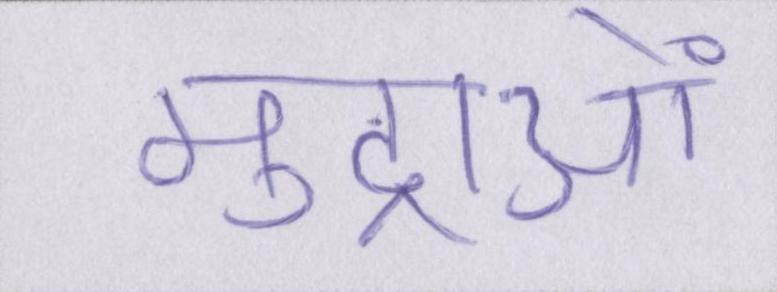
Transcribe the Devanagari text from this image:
मुद्राओं